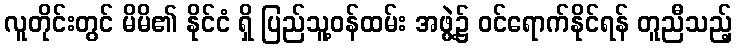
လူတိုင်းတွင် မိမိ၏ နိုင်ငံ ရှိ ပြည်သူ့ဝန်ထမ်း အဖွဲ့၌ ဝင်ရောက်နိုင်ရန် တူညီသည့်